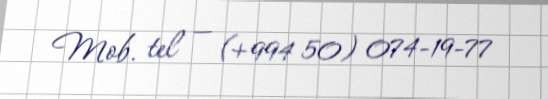
Mob. tel — (+994 50) 074-19-77